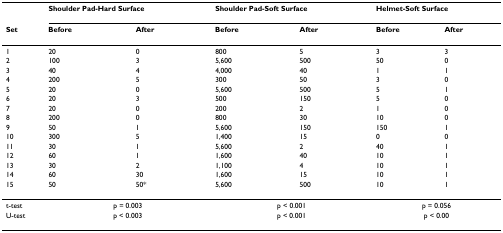
|  | <COLSPAN=2> Shoulder Pad-Hard Surface | <COLSPAN=2> Shoulder Pad-Soft Surface | <COLSPAN=2> Helmet-Soft Surface |
 | Set | Before | After | Before | After | Before | After |
 | --- | --- | --- | --- | --- | --- | --- |
 | 1 | 20 | 0 | 800 | 5 | 3 | 3 |
 | 2 | 100 | 3 | 5,600 | 500 | 50 | 0 |
 | 3 | 40 | 4 | 4,000 | 40 | 1 | 1 |
 | 4 | 200 | 5 | 300 | 50 | 3 | 0 |
 | 5 | 20 | 0 | 5,600 | 500 | 5 | 1 |
 | 6 | 20 | 3 | 500 | 150 | 5 | 0 |
 | 7 | 20 | 0 | 200 | 2 | 1 | 0 |
 | 8 | 200 | 0 | 800 | 30 | 10 | 0 |
 | 9 | 50 | 1 | 5,600 | 150 | 150 | 1 |
 | 10 | 300 | 5 | 1,400 | 15 | 0 | 0 |
 | 11 | 30 | 1 | 5,600 | 2 | 40 | 1 |
 | 12 | 60 | 1 | 1,600 | 40 | 10 | 1 |
 | 13 | 30 | 2 | 1,100 | 4 | 10 | 1 |
 | 14 | 60 | 30 | 1,600 | 15 | 10 | 1 |
 | 15 | 50 | 50* | 5,600 | 500 | 10 | 1 |
 | t-test | <COLSPAN=2> p = 0.003 | <COLSPAN=2> p < 0.001 | <COLSPAN=2> p = 0.056 |
 | U-test | <COLSPAN=2> p < 0.003 | <COLSPAN=2> p < 0.001 | <COLSPAN=2> p < 0.00 |